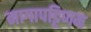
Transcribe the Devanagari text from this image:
नागापट्टिणम